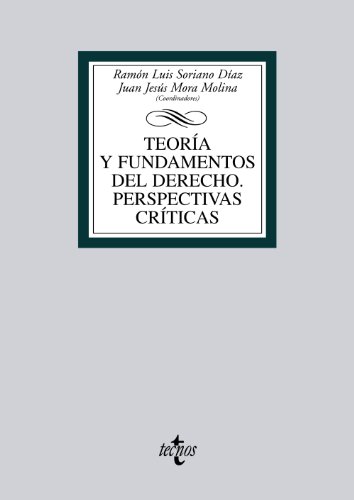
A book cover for TeorÃ­a y fundamentos del derecho / Theory and fundamentals of law: Perspectivas crÃ­ticas / Critical Perspectives (Spanish Edition); Ramon Luis Soriano Diaz; Law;